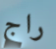
راج